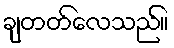
ချတတ်လေသည်။